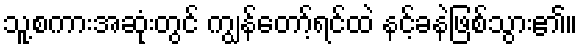
သူ့စကားအဆုံးတွင် ကျွန်တော့်ရင်ထဲ နင့်ခနဲဖြစ်သွား၏။